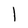
Character: l